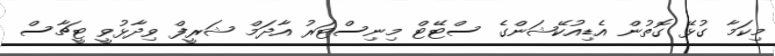
މިކަމާ ގުޅޭ ގޮތުން އެޑިއުކޭޝަންގެ ސްޓޭޓް މިނިސްޓަރު އާދަމް ޝަރީފް ވިދާޅުވީ ޓީޗާސް